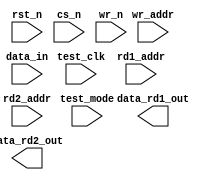
////////////////////////////////////////////////////////////////////////////////
//
//       This confidential and proprietary software may be used only
//     as authorized by a licensing agreement from Synopsys Inc.
//     In the event of publication, the following notice is applicable:
//
//                    (C) COPYRIGHT 1999 - 2018 SYNOPSYS INC.
//                           ALL RIGHTS RESERVED
//
//       The entire notice above must be reproduced on all authorized
//     copies.
//
//
// VERSION:   Simulation Architecture
//
// DesignWare_version: 1d220d4f
// DesignWare_release: O-2018.06-DWBB_201806.3
//
////////////////////////////////////////////////////////////////////////////////
//----------------------------------------------------------------------
// ABSTRACT:  Asynchronous dual port RAM (Flip-Flop Based)
//            Depth parameter: depth             [ 2 to 256 ]
//            Data width parameter: data_width   [ 1 to 256 ]
//            Reset (active low): rst_n
//            Chip select (active low): cs_n
//            Write enable (active low): wr_n
//	      Test enable (active high): test_mode
//            Test clock: test_clk
//            Read Address 1: rd1_addr[addr_width-1:0]
//            Read Address 2: rd2_addr[addr_width-1:0]
//            Write Address: wr_addr[addr_width-1:0]
//            Input data: data_in[data_width-1:0]
//            Output data 1: data_rd1_out[data_width-1:0]
//            Output data 2: data_rd2_out[data_width-1:0]
//
//	MODIFIED:
//		100899	Jay Zhu		Rewrote for STAR91151/STAR93158
//              10/18/00  RPH       Rewrote accoding to new guidelines 
//                                  STAR 111067   
//              2/18/09   RJK       Corrected default value for rst_mode
//				    STAR 9000294457
//              9/10/14   RJK       Eliminated common async and sync reset coding
//				    style to support VCS NLP
//----------------------------------------------------------------------

module DW_ram_2r_w_a_dff (rst_n, cs_n, wr_n, test_mode, test_clk,
	rd1_addr, rd2_addr, wr_addr, data_in,
	data_rd1_out, data_rd2_out);

   parameter integer data_width = 4;
   parameter integer depth = 8;
   parameter integer rst_mode = 1;

`define DW_addr_width ((depth>16)?((depth>64)?((depth>128)?8:7):((depth>32)?6:5)):((depth>4)?((depth>8)?4:3):((depth>2)?2:1)))

   input     rst_n;
   input     cs_n;
   input     wr_n;
   input     test_mode;
   input     test_clk;
   input [`DW_addr_width-1:0] rd1_addr;
   input [`DW_addr_width-1:0] rd2_addr;
   input [`DW_addr_width-1:0] wr_addr;
   input [data_width-1:0]  data_in;

   output [data_width-1:0] data_rd1_out;
   output [data_width-1:0] data_rd2_out;

// synopsys translate_off

   wire [data_width-1:0]   data_in;
   wire [data_width-1:0]   data_in_int;
   reg [data_width-1:0]    next_mem [depth-1:0];
   reg [data_width-1:0]    mem [depth-1:0];
   
   integer 		   i;
   wire 		   clk_int;   
   
   function	any_unknown;
      input[`DW_addr_width-1:0] addr;
      integer	bit_idx;
      begin
	 any_unknown = 1'b0;

	 for (bit_idx = `DW_addr_width-1;
	      bit_idx >= 0 && any_unknown === 1'b0;
	      bit_idx=bit_idx-1)
	 begin
	    if (addr[bit_idx] !== 1'b0 && addr[bit_idx] !== 1'b1)
	      begin
		 any_unknown = 1'b1;
	      end
	 end

      end
   endfunction



  
 
  initial begin : parameter_check
    integer param_err_flg;

    param_err_flg = 0;
    
	    
  
    if ( (data_width < 1) || (data_width > 256) ) begin
      param_err_flg = 1;
      $display(
	"ERROR: %m :\n  Invalid value (%d) for parameter data_width (legal range: 1 to 256)",
	data_width );
    end
  
    if ( (depth < 2) || (depth > 256 ) ) begin
      param_err_flg = 1;
      $display(
	"ERROR: %m :\n  Invalid value (%d) for parameter depth (legal range: 2 to 256 )",
	depth );
    end
  
    if ( (rst_mode < 0) || (rst_mode > 1 ) ) begin
      param_err_flg = 1;
      $display(
	"ERROR: %m :\n  Invalid value (%d) for parameter rst_mode (legal range: 0 to 1 )",
	rst_mode );
    end


  
    if ( param_err_flg == 1) begin
      $display(
        "%m :\n  Simulation aborted due to invalid parameter value(s)");
      $finish;
    end

  end // parameter_check 

    
  assign clk_int = (test_mode === 1'b0) ?  
		   (cs_n |wr_n) : (test_mode & test_clk);
   
  assign data_rd1_out = rd1_addr < depth ? 
		     (any_unknown(rd1_addr) ? 
		      {data_width{1'bx}} : mem[rd1_addr]) : {data_width{1'b0}};
  assign data_rd2_out = rd2_addr < depth ? 
		     (any_unknown(rd2_addr) ? 
		      {data_width{1'bx}} : mem[rd2_addr]) : {data_width{1'b0}};   
   
   assign data_in_int = (any_unknown(data_in)) ? {data_width{1'bx}} : data_in;
   
   always @(cs_n or test_mode or wr_addr or data_in_int)
     begin : mk_mem
	if (test_mode === 1'b0) begin
	   if (cs_n === 1'b0) begin
	      if (any_unknown(wr_addr) == 1'b1) begin
		 for (i = 0; i < depth; i = i + 1) begin
		    next_mem[i] = {data_width{1'bx}};
		 end 
	      end
	      else begin
		for (i = 0; i < depth; i = i + 1) begin
		   if ( i == wr_addr)
		     next_mem[wr_addr] = data_in_int;
		   else
		     next_mem[i] = mem[i];
		end	
	      end // else: !if(any_unknown(wr_addr) == 1'b1)
	   end // if (cs_n === 1'b0)
	   else if (cs_n === 1'b1) begin
	      // do nothing
	   end
	   else begin
	      if (any_unknown(wr_addr) == 1'b1) begin
		 for (i = 0; i < depth; i = i + 1) begin
		    next_mem[i] = {data_width{1'bx}};
		 end 
	      end
	      else begin
		 for (i = 0; i < depth; i = i + 1) begin
		    if ( i == wr_addr)
		      next_mem[wr_addr] = {data_width{1'bx}};
		    else
		      next_mem[i] = mem[i];
		 end	
	      end // else: !if(any_unknown(wr_addr) == 1'b1)
	   end // if (test_mode === 1'b0)
	end // if (test_mode === 1'b0)
	else if (test_mode === 1'b1) begin
	   for (i = 0; i < depth; i = i + 1) begin
	      next_mem[i] = data_in_int;
	   end
	end
	else begin
	   for (i = 0; i < depth; i = i + 1) begin
	      next_mem[i] = {data_width{1'bx}};
	   end
	end // if (cs_n === 1'b0)
     end // block: mk_mem
   
generate
  if (rst_mode == 0) begin : GEN_RM_EQ_0
   always @ (posedge clk_int or negedge rst_n)
     begin : ar_registers_PROC
	if (rst_n === 1'b0 ) begin
	   for (i = 0; i < depth; i = i + 1) begin
	      mem[i] <= {data_width{1'b0}};
           end
	end // if (rst_n === 1'b0 )
	else if (rst_n === 1'b1) begin
	   for (i = 0; i < depth; i = i + 1) begin
              mem[i] <= next_mem[i];
           end 
	end 
	else begin
	   for (i = 0; i < depth; i = i + 1) begin
              mem[i] <= {data_width{1'bX}};
           end 
	end
     end // ar_registers_PROC
  end else begin : GEN_RM_NE_0
   always @ (posedge clk_int)
     begin : nr_registers_PROC
       for (i = 0; i < depth; i = i + 1) begin
	  mem[i] <= next_mem[i];
       end 
     end // nr_registers_PROC
  end
endgenerate

    
  always @ (clk_int) begin : clk_monitor 
    if ( (clk_int !== 1'b0) && (clk_int !== 1'b1) && ($time > 0) )
      $display( "WARNING: %m :\n  at time = %t, detected unknown value, %b, on clk_int input.",
                $time, clk_int );
    end // clk_monitor 

// synopsys translate_on
`undef DW_addr_width
endmodule // DW_ram_2r_w_a_dff